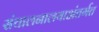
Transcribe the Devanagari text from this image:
संचालनालयाअंतर्गत